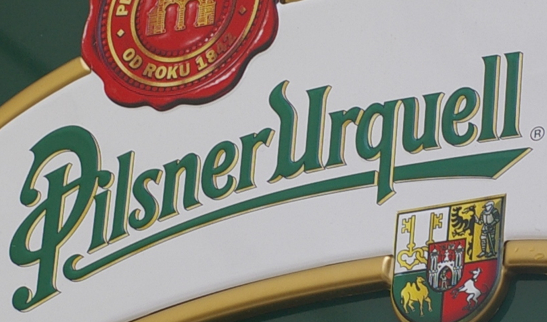
PilsnerUrquell